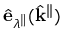
\hat { \mathbf { e } } _ { \lambda ^ { \parallel } } ( \hat { \mathbf { k } } ^ { \parallel } )